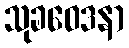
သုခဝေဒနာ